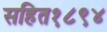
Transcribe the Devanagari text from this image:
सहित१८९४